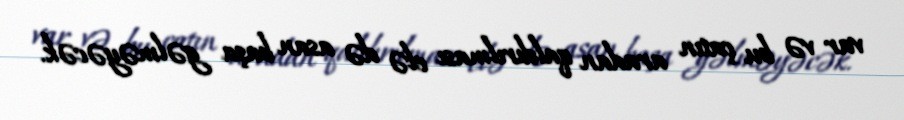
var və bu çatın aradan qaldırılması elə də asan başa gəlməyəcək.